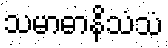
သမာဓာနိသံသံ